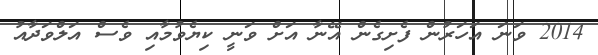
2014 ވަނަ އަހަރުން ފެށިގެން އޭނާ އަށް ވަނީ ކިޔެވުމާއި ވެސް އަލްވަދާއު